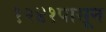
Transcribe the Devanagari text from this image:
१२४१पासून